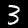
Digit: 3